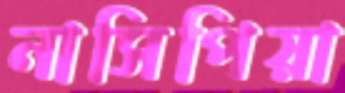
নাসিপিয়া